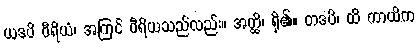
ယဒပိ ဝီရိယံ၊ အကြင် ဝီရိယသည်လည်း။ အတ္ထိ၊ ရှိ၏။ တဒပိ၊ ထိ ကာယိက